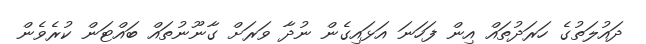
ދައުލަތުގެ ހަރަދުތައް އިން ފަހަނަ އަޅައިގެން ނުދާ ވަރަށް ގާނޫނުތައް ބައްޓަން ކުރެވެން